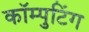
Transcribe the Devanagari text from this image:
कॉम्पुटिंग